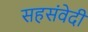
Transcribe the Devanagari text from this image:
सहसंवेदी